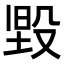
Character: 𭮳